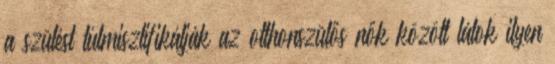
a szülést túlmisztifikálják az otthonszülős nők között látok ilyen